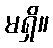
မရှိ။